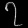
Digit: ၇